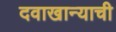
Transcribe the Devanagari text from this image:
दवाखान्याची